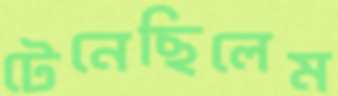
টেনেছিলেম